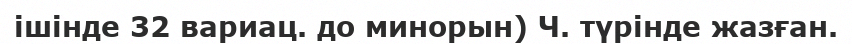
ішінде 32 вариац. до минорын) Ч. түрінде жазған.